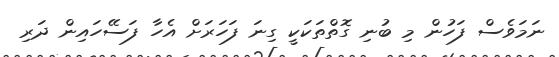
ނަމަވެސް ފަހުން މި ބުނި ގޮތްތަކަކީ ގިނަ ފަހަރަށް އެހާ ފަސޭހައިން ދަރި